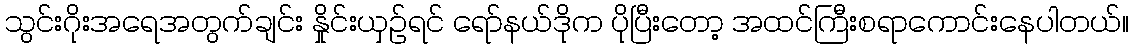
သွင်းဂိုးအရေအတွက်ချင်း နှိုင်းယှဉ်ရင် ရော်နယ်ဒိုက ပိုပြီးတော့ အထင်ကြီးစရာကောင်းနေပါတယ်။